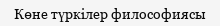
Көне түркілер философиясы